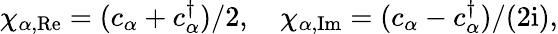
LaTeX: \chi_{\alpha,{\mathrm{Re}}}=(c_{\alpha}+c_{\alpha}^{\dagger})/2,\quad\chi_{\alpha,{\mathrm{Im}}}=(c_{\alpha}-c_{\alpha}^{\dagger})/(2\mathrm{i}),